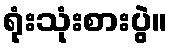
ရုံးသုံးစားပွဲ။